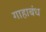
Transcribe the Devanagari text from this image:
गाहाबंध